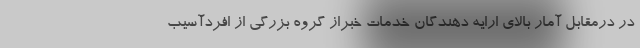
در درمقابل آمار بالای ارایه دهندگان خدمات خبراز گروه بزرگی از افردآسیب